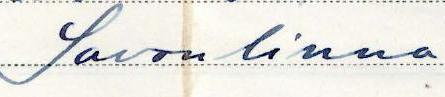
Savonlinna